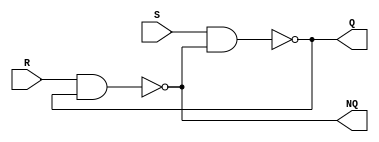
module SR_LATCH(S, R, Q, NQ);
    input S, R;
    output Q, NQ;
    wire S, R;
	
	assign Q = ~(S & NQ);
	assign NQ = ~(R & Q);
		
endmodule